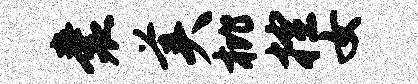
囊美枇控女